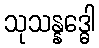
သုသန္နဒ္ဓေါ